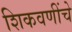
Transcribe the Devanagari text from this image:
शिकवणींचे